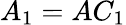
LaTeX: A_{1}=AC_{1}